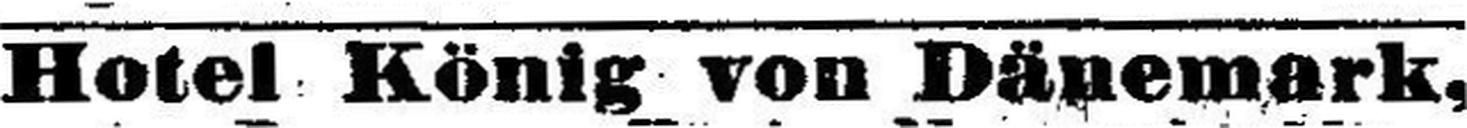
Hotel König von Dänemark,